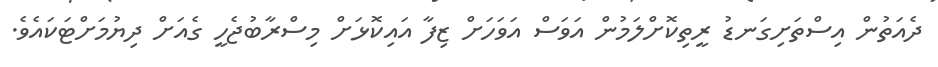
ދެއަތުން އިސްތަށިގަނޑު ރީތިކޮށްލަމުން އަވަސް އަވަހަށް ޒިފާ އައިކޮޅަށް މިސްރާބުޖެހީ ގެއަށް ދިޔުމަށްޓަކައެވެ.